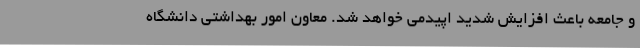
و جامعه باعث افزایش شدید اپیدمی خواهد شد. معاون امور بهداشتی دانشگاه